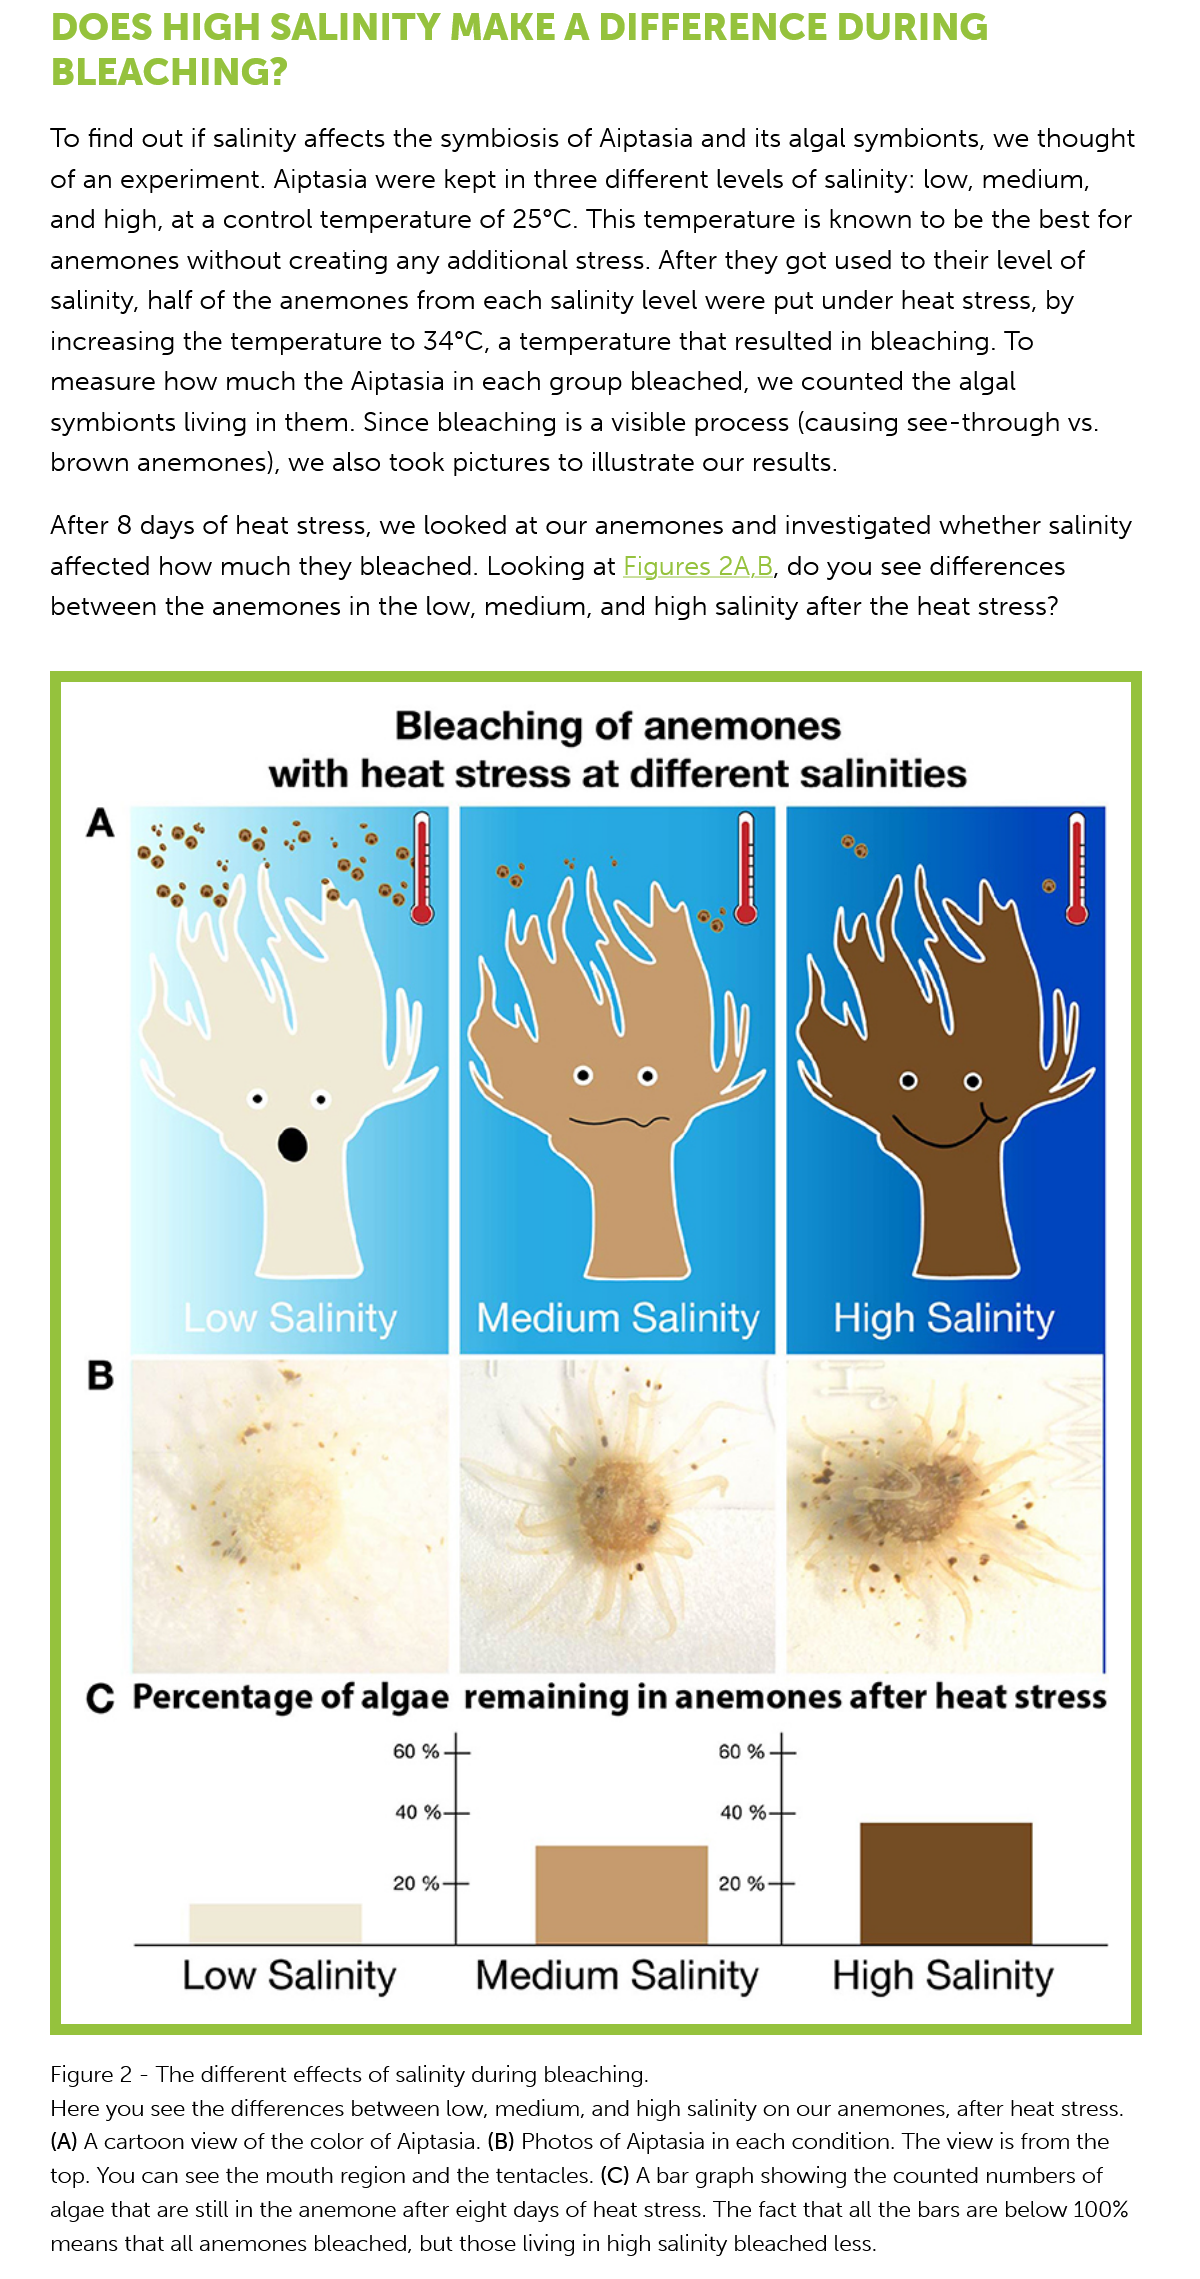
DOES    HIGH    SALINITY    MAKE   A    DIFFERENCE    DURING
     BLEACHING?
     To find out if salinity affects the symbiosis of Aiptasia and its algal symbionts, we thought
     of an experiment. Aiptasia were kept in three different levels of salinity: low, medium,
     and high, at a control temperature of 25°C. This temperature  is known to be the best for
     anemones without   creating any  additional stress. After they got used to their level of
     salinity, half of the anemones from each salinity level were put under heat stress, by
     increasing the temperature  to 34°C, a temperature  that resulted in bleaching. To
     measure  how  much the   Aiptasia in each group bleached, we  counted  the algal
     symbionts living in them. Since bleaching is a visible process (causing see-through vs.
     brown  anemones),  we also  took pictures to illustrate our results.
     After 8 days of heat stress, we looked at our anemones and   investigated whether salinity
     affected how  much they  bleached.  Looking  at Figures 2A.B, do you see differences
     between  the anemones  in  the low, medium, and   high salinity after the heat stress?
     Figure 2
     -
     The different effects of salinity during bleaching.
     Here you see the differences between low, medium, and high salinity on our anemones, after heat stress.
     (A) A cartoon view of the color of Aiptasia. (B) Photos of Aiptasia in each condition. The view is from the
     top. You can see the mouth region and the tentacles. (C) A bar graph showing the counted numbers of
     algae that are still in the anemone after eight days of heat stress. The fact that all the bars are below 100%
     means that all anemones bleached, but those living in high salinity bleached less.